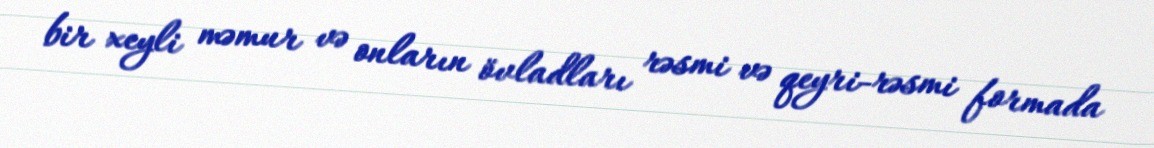
bir xeyli məmur və onların övladları rəsmi və qeyri-rəsmi formada